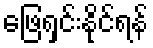
ဖြေရှင်းနိုင်ရန်